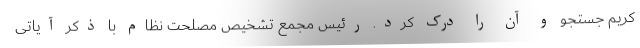
کریم جستجو و آن را درک کرد. رئیس مجمع تشخیص مصلحت نظام با ذکر آیاتی